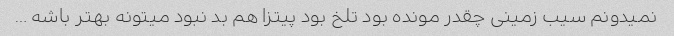
نمیدونم سیب زمینی چقدر مونده بود تلخ بود پیتزا هم بد نبود میتونه بهتر باشه …